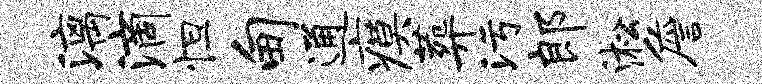
漓滴怛甸通瘼葬污郎淞詹